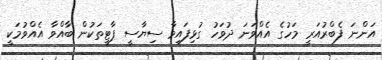
އަންނަ ފެބްރުއަރީ މަހުގެ އެއްވަނަ ދުވަހު ގުޅިފައިވާ ސިޔާސީ ޕާޓީތަކުން ބާއްވާ އެއްވުމަކީ